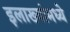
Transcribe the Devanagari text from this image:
इलाख्यांमध्ये